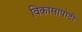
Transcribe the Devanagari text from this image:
विकासापोटी